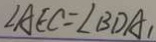
\angle A E C = \angle B D A ,